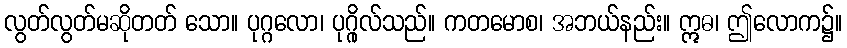
လွတ်လွတ်မဆိုတတ် သော။ ပုဂ္ဂလော၊ ပုဂ္ဂိုလ်သည်။ ကတမောစ၊ အဘယ်နည်း။ ဣဓ၊ ဤလောက၌။